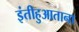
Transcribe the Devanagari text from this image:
इंतीहुआताना